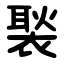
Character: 褧